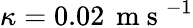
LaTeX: \kappa=0.02\, \mathrm{~m~s~}^{-1}